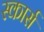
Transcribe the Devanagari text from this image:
स्कार्स